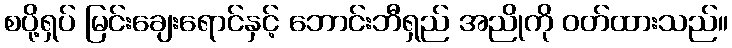
စပို့ရှပ် မြင်းချေးရောင်နှင့် ဘောင်းဘီရှည် အညိုကို ဝတ်ထားသည်။